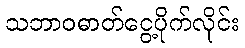
သဘာဝဓာတ်ငွေ့ပိုက်လိုင်း